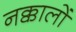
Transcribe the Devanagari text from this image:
नक्कालों